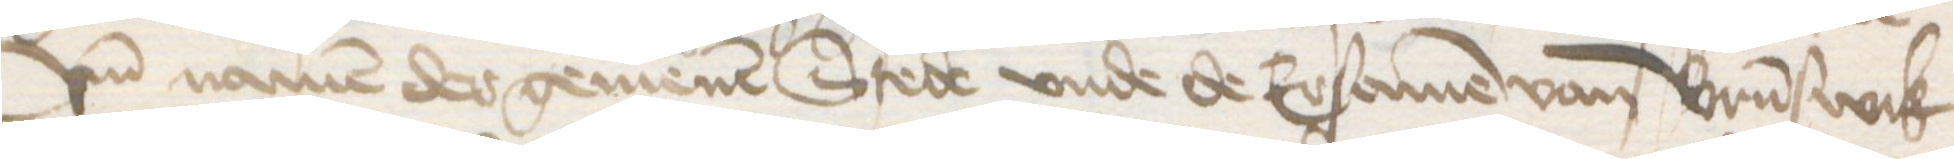
vnd namen der gemenen Stede vnde de Ersamen van Brunswik